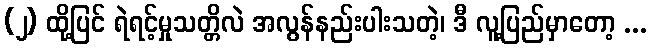
(၂) ထို့ပြင် ရဲရင့်မှုသတ္တိလဲ အလွန်နည်းပါးသတဲ့၊ ဒီ လူ့ပြည်မှာတော့ ...